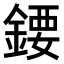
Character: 𨪁